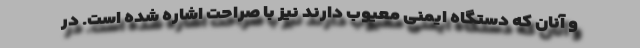
و آنان که دستگاه ایمنی معیوب دارند نیز با صراحت اشاره شده است. در